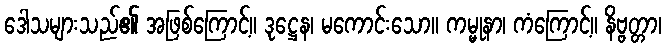
ဒေါသများသည်၏ အဖြစ်ကြောင့်။ ဒုဋ္ဌေန၊ မကောင်းသော။ ကမ္မုနာ၊ ကံကြောင့်။ နိဗ္ဗတ္တာ၊